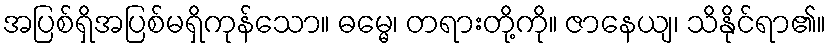
အပြစ်ရှိအပြစ်မရှိကုန်သော။ ဓမ္မေ၊ တရားတို့ကို။ ဇာနေယျ၊ သိနိုင်ရာ၏။